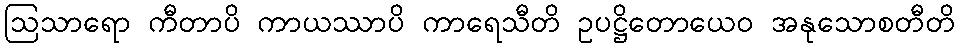
ဩသာရော ကီတာပိ ကာယဿာပိ ကာရေသီတိ ဥပဋ္ဌိတောယေဝ အနုသောစတီတိ